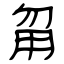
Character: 甮